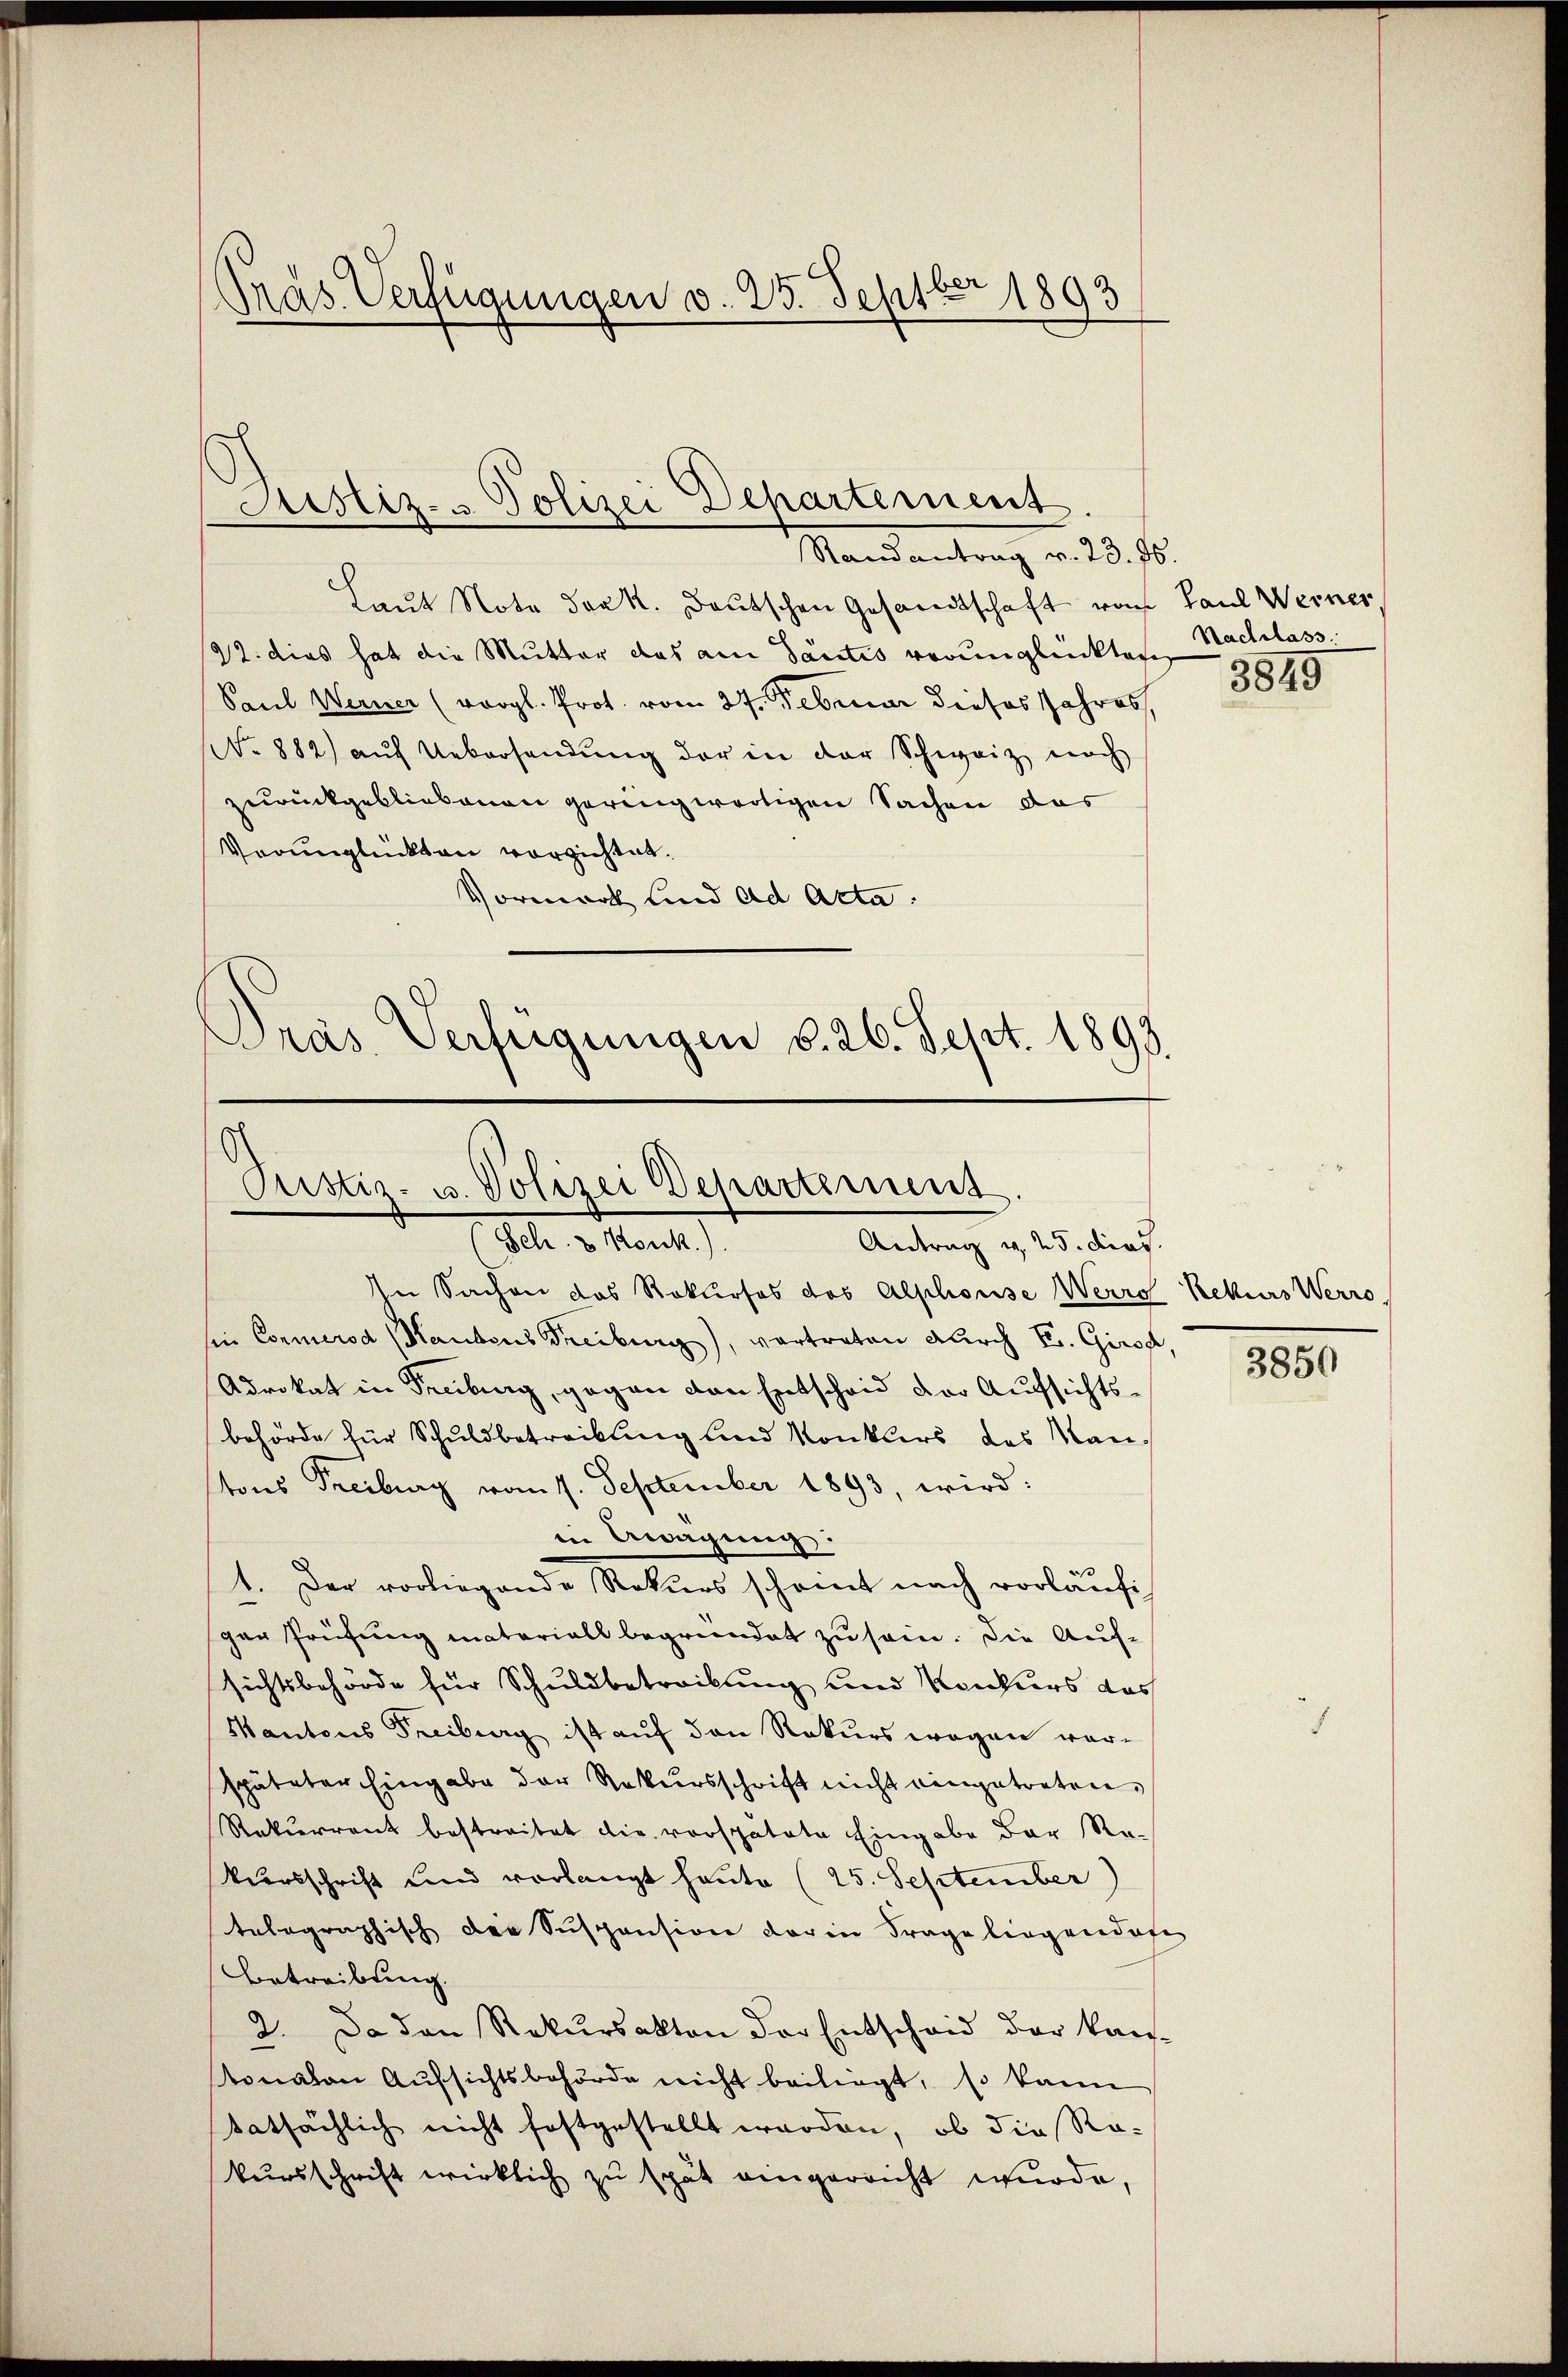
Präs. Verfügungen v. 25. Septbr 1893

Justiz- & Polizei Departement
Randantrag v. 23. Js.

Laut Note der K. Deutschen Gesandtschaft nach Paul Werner
22. dies hat die Mutter das am Santis verunglückten Nachlass
Paul Werner (vergl. Prot. vom 27. Februar dieses Jahres,
NNo. 882) auf Uebersendung der in der Schweiz noch
zurückgebliebenen geringwärtigen Sachen das
Verunglückten vorzichtet.
Vormark sind ad Acta.
Präs. Verfügungen §. 26. Sept. 1893.

Pustiz- u. Polizei Departement.
Seh. & Konk.).
Antrag v. 25. dies.

In Sachen das Rekurses des Alphouse Werro Rekurs Werro,
sin Conmerod (Haubens Freiburg), vertreten durch E. Girse,
Adrokat in Freiburg, gegen von Entscheid der Aufsichtsbehörde für Schuldbetreibung und Konklers das Mantons Freiburg vom 1. September 1893, wird:
in Awagung:
1. Der vorliegende Rekurs scheint nach vorläufiger Prüfung materiall begründet zu sein. Die Auf-
sichtsbehörde für Schuldbetreibung und Konkurs das
Mantons Freiburg ist auf den Rekurs wegen verspäteter Eingabe der Natursschrift nicht eingetreten,
Rekurrent bestreitet die vorspatete Eingabe der Re-
Vursschrift und vorlangt heute (25. September)
telographisch der Suspension darin Frage liegendofe
Betreibung.
2. Da den Rekursakten der Entscheid der kan-
tonalen Aufsichtsbehörde nicht beiliegt, so kann
tatsächlich nicht festgestellt worden, ob die Rakursschrift wirklich zu spät eingereicht wurde,

3849

3850